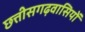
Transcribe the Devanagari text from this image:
छत्तीसगढ़वासियों